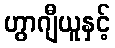
ဟွာဂျီယူနှင့်